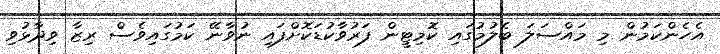
އެހެންކަމުން މި މައްސަލަ ބެލުމުގައި ކޮމިޓީން ފަރުވާކުޑަކޮށްފައި ނުވާނޭ ކަމުގައިވެސް ރިޒާ ވިދާޅުވި